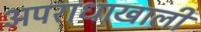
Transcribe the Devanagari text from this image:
अपराधाखाली